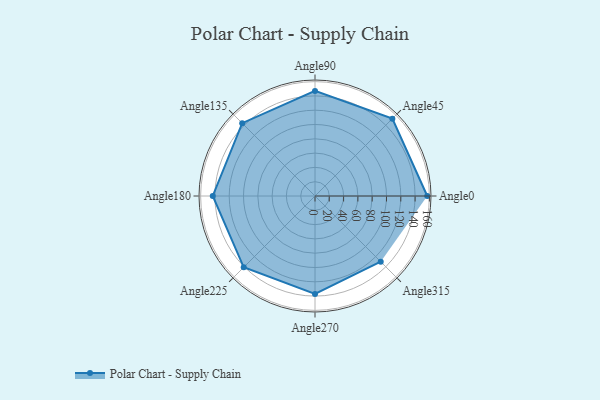
{"axis": {"x": "Angle", "y": "Radius"}, "legend": [""], "data": [{"x": "Angle0", "y": 157.0, "type": ""}, {"x": "Angle45", "y": 153.0, "type": ""}, {"x": "Angle90", "y": 147.0, "type": ""}, {"x": "Angle135", "y": 144.0, "type": ""}, {"x": "Angle180", "y": 143.0, "type": ""}, {"x": "Angle225", "y": 141.0, "type": ""}, {"x": "Angle270", "y": 137.0, "type": ""}, {"x": "Angle315", "y": 130.0, "type": ""}]}